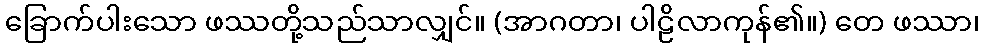
ခြောက်ပါးသော ဖဿတို့သည်သာလျှင်။ (အာဂတာ၊ ပါဠိလာကုန်၏။) တေ ဖဿာ၊